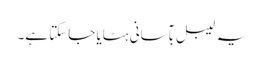
یہ لیبل بآسانی ہٹایا جاسکتا ہے۔